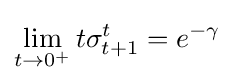
\lim _{t\to 0^{+}}t\sigma _{t+1}^{t}=e^{-\gamma }